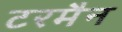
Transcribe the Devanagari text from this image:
टरमैन